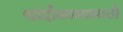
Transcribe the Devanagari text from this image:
चांदीकामासाठी